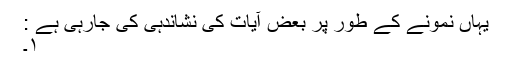
یہاں نمونے کے طور پر بعض آیات کی نشاندہی کی جارہی ہے :
١۔